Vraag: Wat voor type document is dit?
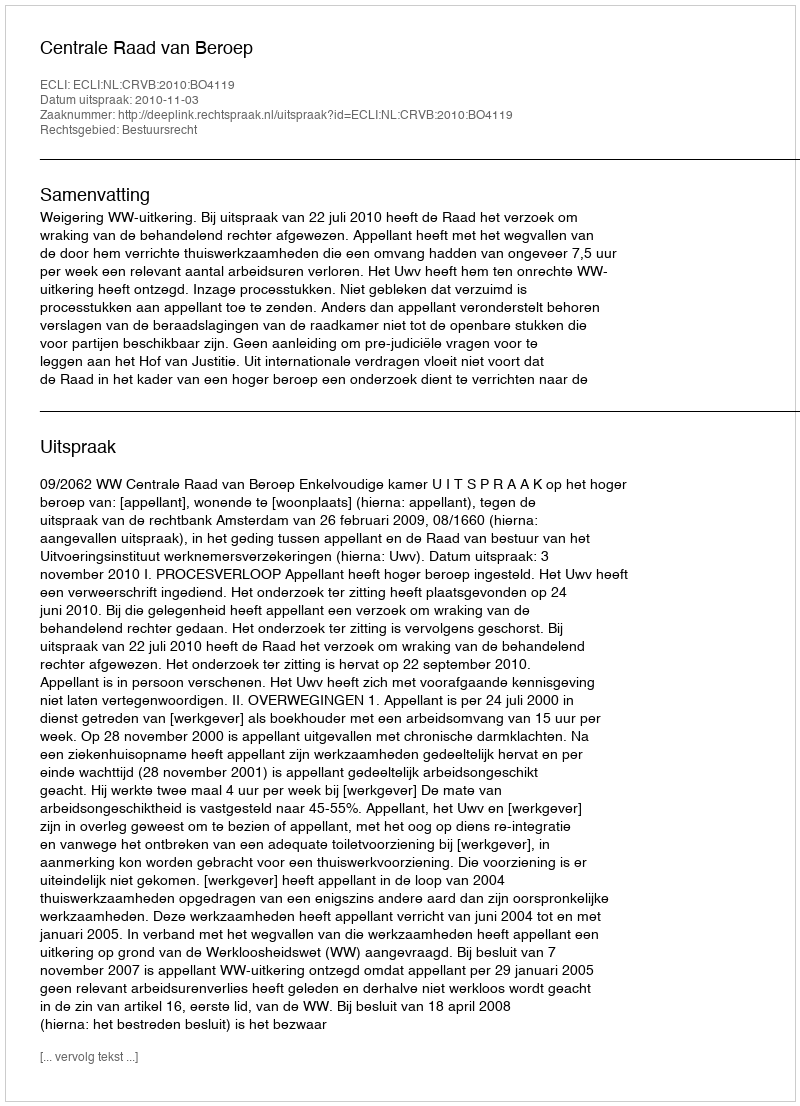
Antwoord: Uitspraak